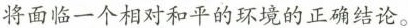
将面临一个相对和平的环境的正确结论。